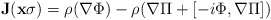
\begin{align*}{\bf{J}}({\bf{x}}\sigma) = \rho(\nabla\Phi) - \rho(\nabla\Pi + [-i\Phi,\nabla\Pi])\end{align*}